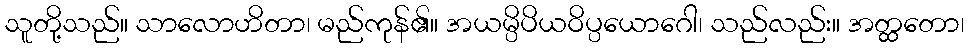
သူတို့သည်။ သာလောဟိတာ၊ မည်ကုန်၏။ အယမ္ပိပိယဝိပ္ပယောဂေါ၊ သည်လည်း။ အတ္ထတော၊